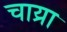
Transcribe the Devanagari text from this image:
चाय्रा